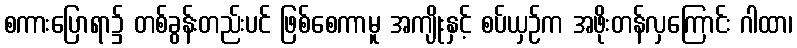
စကားပြောရာ၌ တစ်ခွန်းတည်းပင် ဖြစ်စေကာမူ အကျိုးနှင့် စပ်ယှဉ်က အဖိုးတန်လှကြောင်း ဂါထာ၊